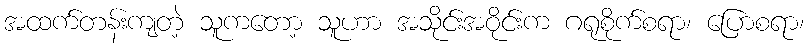
အထက်တန်းကျတဲ့ သူကတော့ သူဟာ အသိုင်းအဝိုင်းက ဂရုစိုက်စရာ၊ ပြောစရာ၊